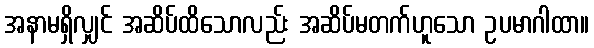
အနာမရှိလျှင် အဆိပ်ထိသောလည်း အဆိပ်မတက်ဟူသော ဥပမာဂါထာ။